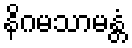
နိဂမသာမန္တံ